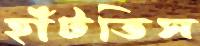
হাঁটতিস